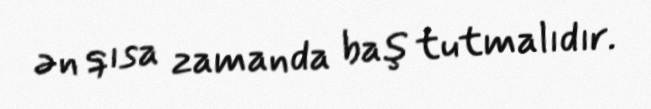
ən qısa zamanda baş tutmalıdır.